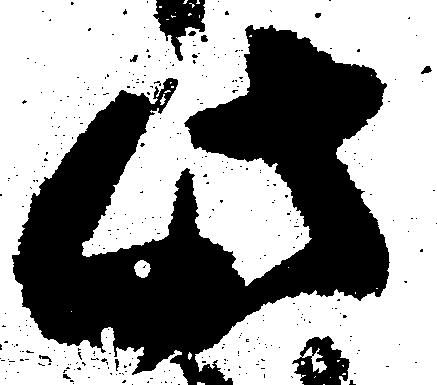
此